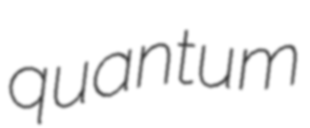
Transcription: quantum